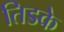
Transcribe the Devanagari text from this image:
तिडके